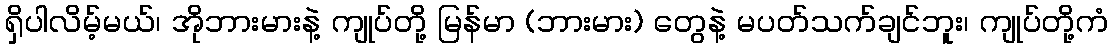
ရှိပါလိမ့်မယ်၊ အိုဘားမားနဲ့ ကျုပ်တို့ မြန်မာ (ဘားမား) တွေနဲ့ မပတ်သက်ချင်ဘူး၊ ကျုပ်တို့ကံ